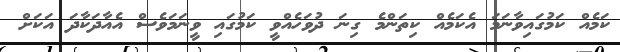
ކަމެއް ކަމުގައިވާނަމަ އެކަމެއް ކިތަންމެ ގިނަ ދުވަހެއްވީ ކަމުގައި ވީނަމަވެސް އެއާދަކާދަ އަކަށް